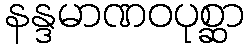
နန္ဒမာဏဝပုစ္ဆာ